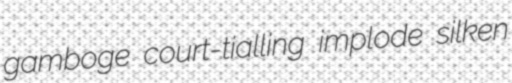
gamboge court-tialling implode silken